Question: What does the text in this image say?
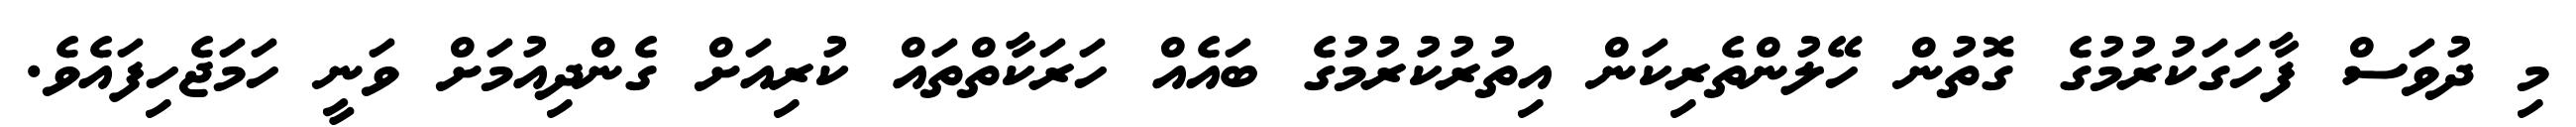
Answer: މި ދުވަސް ފާހަގަކުރުމުގެ ގޮތުން ހޭލުންތެރިކަން އިތުރުކުރުމުގެ ބައެއް ހަރަކާތްތައް ކުރިއަށް ގެންދިއުމަށް ވަނީ ހަމަޖެހިފައެވެ.